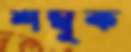
শম্বূক